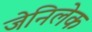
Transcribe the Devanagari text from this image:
जेनिलेक